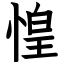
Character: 惶